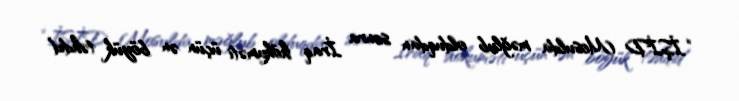
“İŞİD Mosulda məğlub olduqdan sonra İraq hökuməti üçün ən böyük təhdid